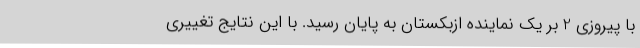
با پیروزی 2 بر یک نماینده ازبکستان به پایان رسید. با این نتایج تغییری